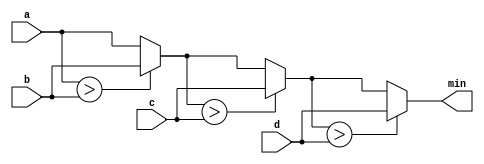
module top_module (
    input [7:0] a, b, c, d,
    output [7:0] min);//
    wire [7:0]interm_res[2:0];
    // assign intermediate_result1 = compare? true: false;
    assign interm_res[0] = a > b ? b : a;
    assign interm_res[1] = interm_res[0] > c ? c : interm_res[0];
    assign interm_res[2] = interm_res[1] > d ? d : interm_res[1];
    assign min = interm_res[2];
endmodule